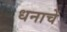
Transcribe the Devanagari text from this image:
धनाचें